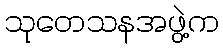
သုတေသနအဖွဲ့က